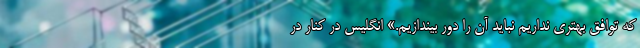
که توافق بهتری نداریم نباید آن را دور بیندازیم.» انگلیس در کنار در